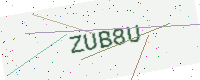
Text: ZUB8U